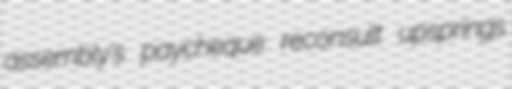
assembly's paycheque reconsult upsprings